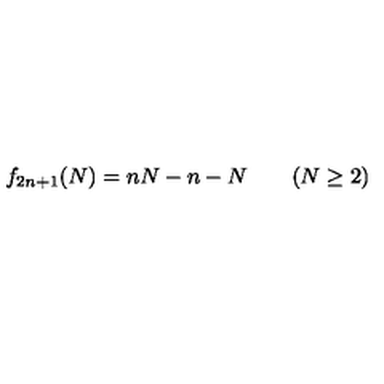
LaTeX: f _ { 2 n + 1 } ( N ) = n N - n - N \qquad ( N \geq 2 )